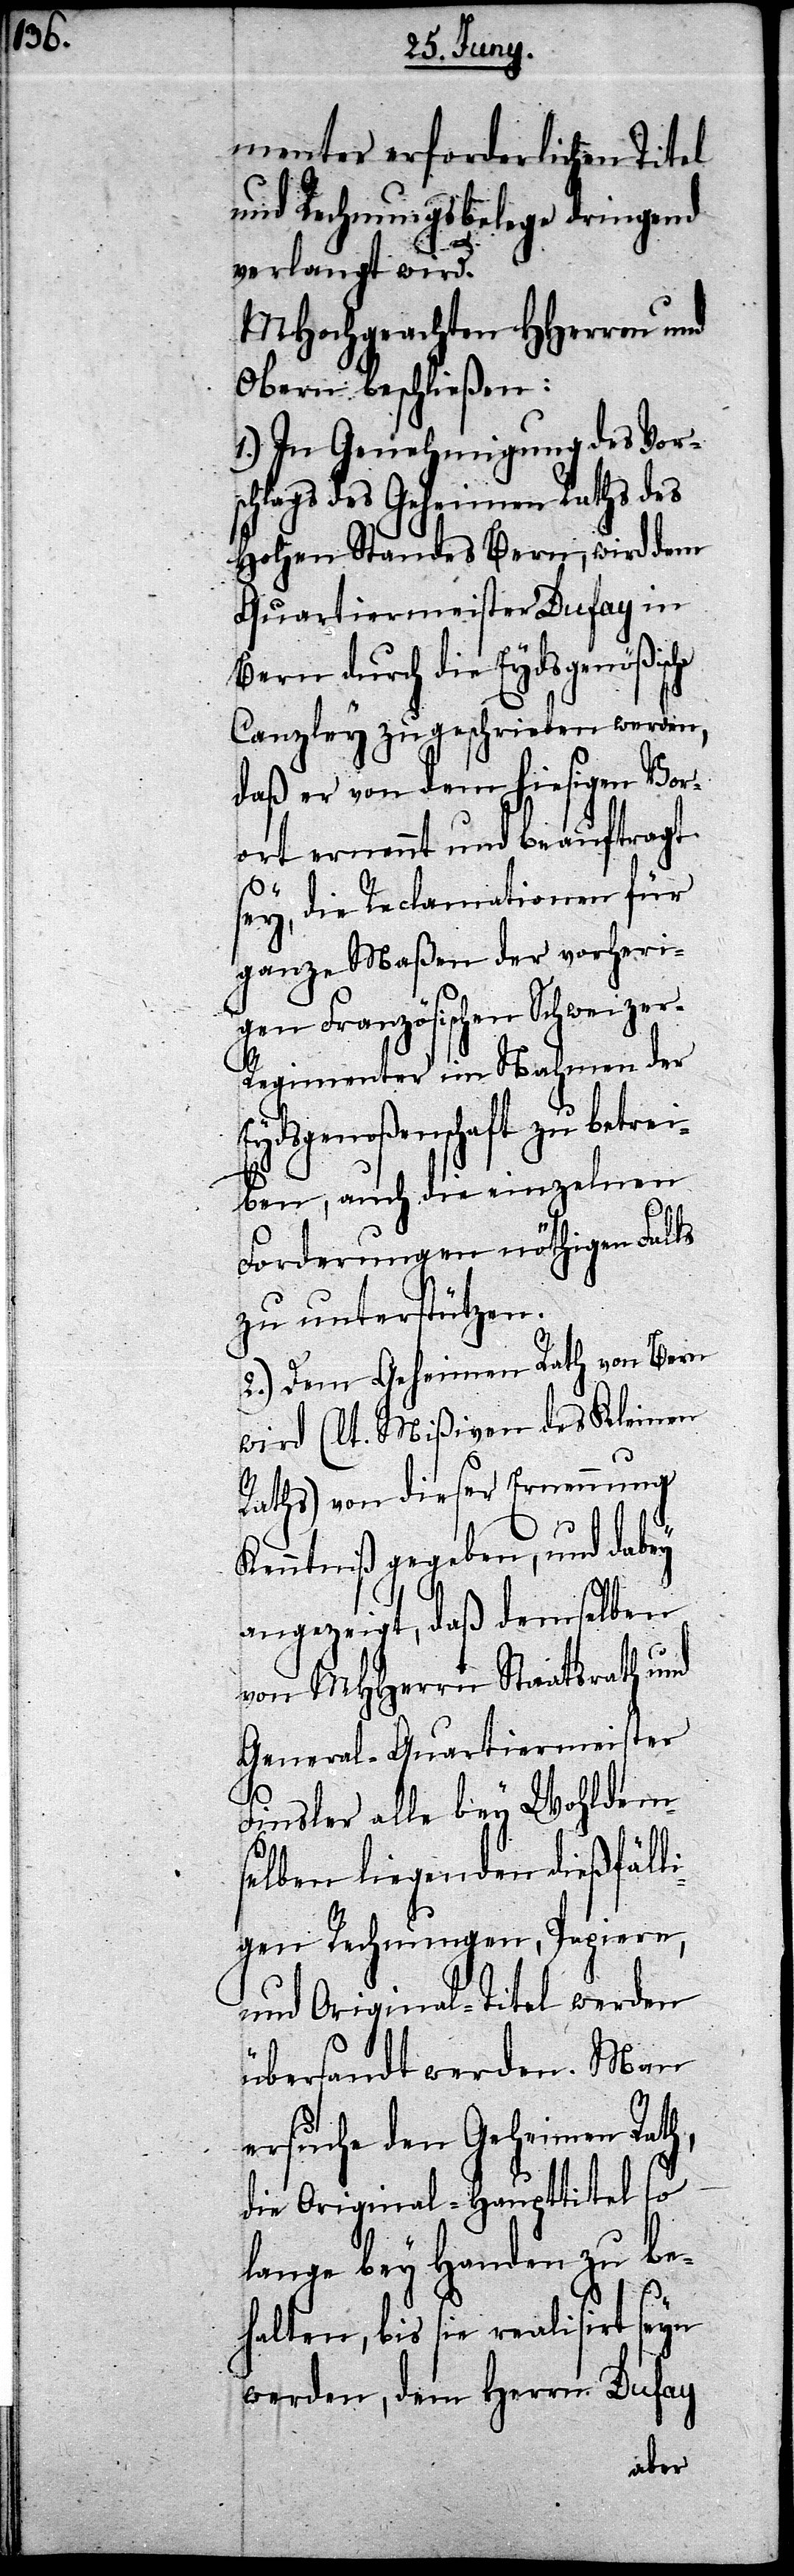
menter erforderlichen Titel
und Rechnungsbelege dringend
verlangt wird.
MHochgeachten HHerren und
Obern beschließen:
1.) In Genehmigung des Vor¬
schlags des Geheimen Rats des
Hohen Standes Bern, wird dem
Quartiermeister Dufay in
Bern durch die Eydsgenößische
Canzley zu geschrieben werden,
daß er von dem hiesigen Vor¬
ort ernannt und beauftragt
sey, die Reclamationen für
ganze Maßen der vorheri¬
gen Französischen Schweize¬
r-Regimenter im Nahmen der E¬
ydsgenoßenschaft zu betr¬
eiben, auch die einzelnen
Forderungen nöthigen Falls
zu unterstützen.
2.) Dem Geheimen Rath von Bern
wird (lt. Mißiven des Kleinen
Raths) von dieser Ernennung
Kenntniß gegeben, und dabey
angezeigt, daß demselben
von MHHerrn Staatsrath und
General-Quartiermeister
Finsler alle bey Wohldem¬
selben liegenden dießfäll¬
igen Rechnungen, Papiere,
und Original-Titel werden
übersandt werden. Man
ersuche den Geheimen
die Original-Haupttitel so
lange bey Handen zu be¬
halten, bis sie realisirt
werden, dem Herrn Dufay